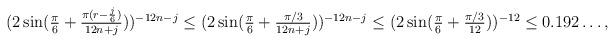
LaTeX: \begin{align*} (2 \sin(\tfrac{\pi}{6} + \tfrac{\pi(r-\frac{j}{6})}{12n+j}))^{-12n-j} \leq (2 \sin(\tfrac{\pi}{6}+\tfrac{\pi/3}{12n+j}))^{-12n-j} \leq (2 \sin(\tfrac{\pi}{6}+\tfrac{\pi/3}{12}))^{-12} \leq 0.192\dots,\end{align*}